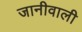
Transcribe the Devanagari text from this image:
जानीवाली